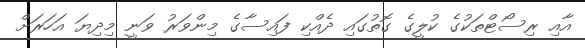
އާއި ރިސޯޓްތަކުގެ ކުލީގެ ގޮތުގައި ދެއްކި ފައިސާގެ މިންވަރު ވަނީ މިދިޔަ އަހަރަށް